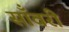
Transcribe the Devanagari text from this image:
साँवरी